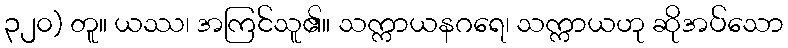
၃၂၀) တူ။ ယဿ၊ အကြင်သူ၏။ သက္ကာယနဂရေ၊ သက္ကာယဟု ဆိုအပ်သော